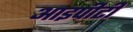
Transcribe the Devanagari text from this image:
आइपीटी